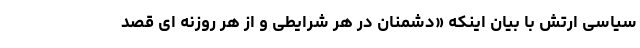
سیاسی ارتش با بیان اینکه «دشمنان در هر شرایطی و از هر روزنه ای قصد